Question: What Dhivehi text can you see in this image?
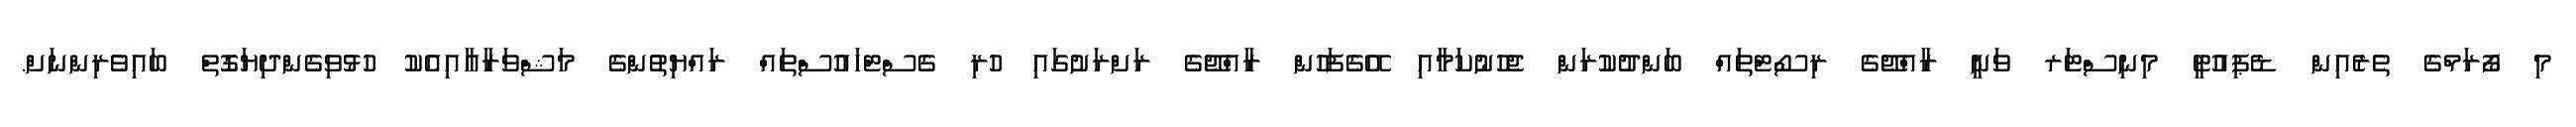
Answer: މި ފޯރަމްގެ ތެރެއިން ޑެޕިއުޓީ މިނިސްޓަރ ވަނީ ރާއްޖޭގެ ރިސޯޓްތައް ބަންދުކުރަން ޖެހުނުކަމާއި އޭގެފަހުން ރާއްޖޭގެ ރަށްރަށުގައި ހުރި ގެސްޓްހައުސްތައް ރައްޔިތުންގެ މަޝްވަރާއާއިއެކު ހުޅުވިގެންދިޔަގޮތް ބައިވެރިންނަށް.